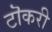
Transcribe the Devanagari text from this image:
टॊकरी